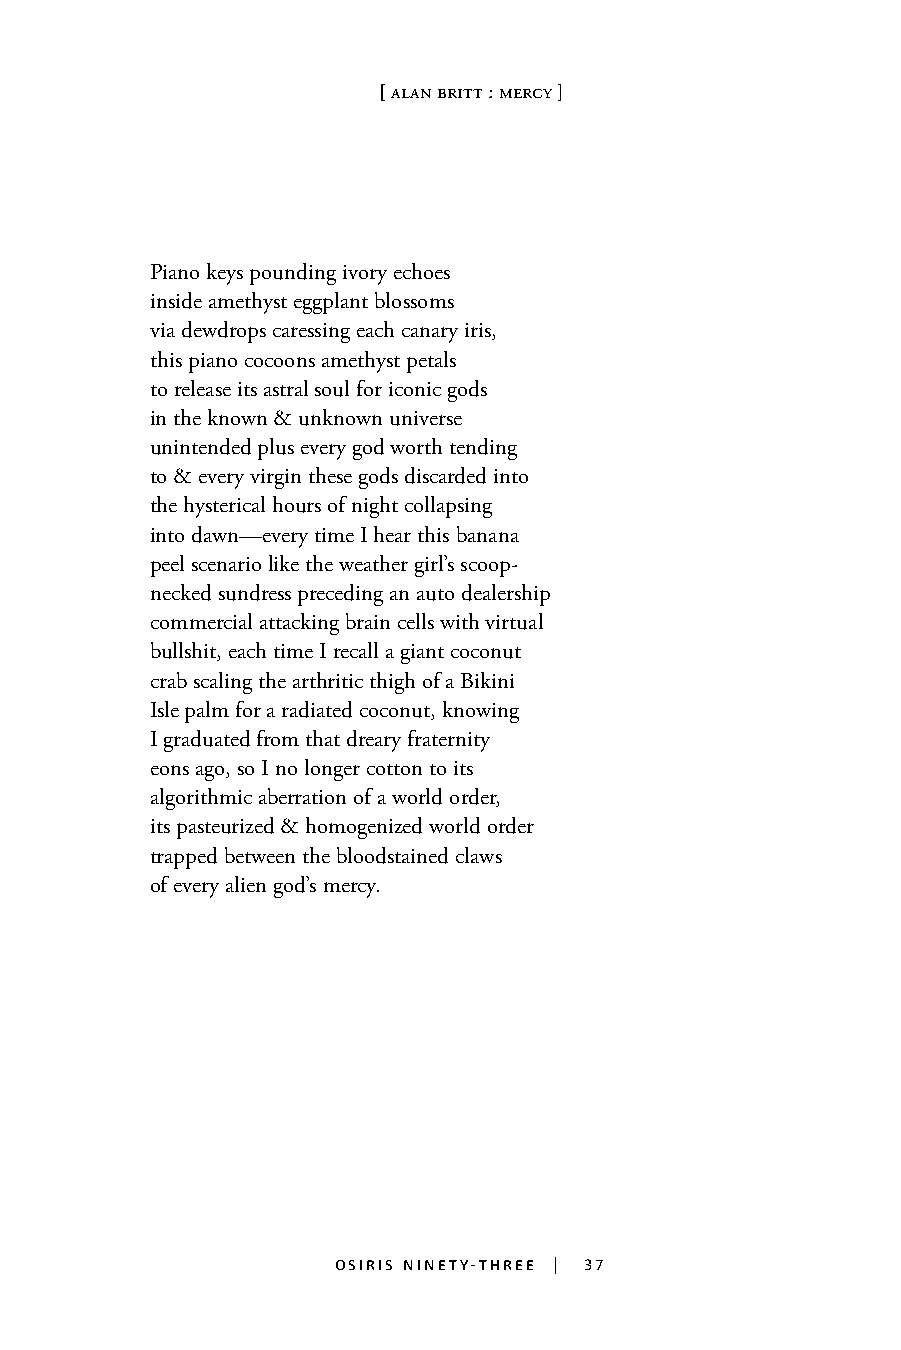
[ alan britt : mercy ]
 Piano keys pounding ivory echoes
 inside amethyst eggplant blossoms
 via dewdrops caressing each canary iris,
 this piano cocoons amethyst petals
 to release its astral soul for iconic gods
 in the known & unknown universe
 unintended plus every god worth tending
 to & every virgin these gods discarded into
 the hysterical hours of night collapsing
 into dawn—every time I hear this banana
 peel scenario like the weather girl’s scoop-
 necked sundress preceding an auto dealership
 37
 commercial attacking brain cells with virtual
 bullshit, each time I recall a giant coconut
 crab scaling the arthritic thigh of a Bikini
 Isle palm for a radiated coconut, knowing
 I graduated from that dreary fraternity
 eons ago, so I no longer cotton to its
 algorithmic aberration of a world order,
 its pasteurized & homogenized world order
 trapped between the bloodstained claws
 of every alien god’s mercy.
 osiris ninety-three | 37